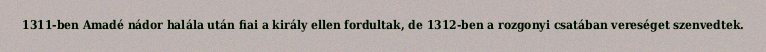
1311-ben Amadé nádor halála után fiai a király ellen fordultak, de 1312-ben a rozgonyi csatában vereséget szenvedtek.